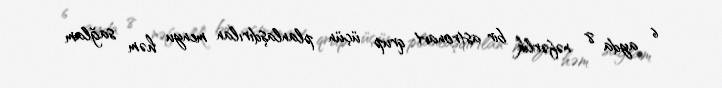
6 ayda 8 nəfərlik bir astronavt qrup üçün planlaşdırılan menyu həm sağlam